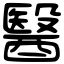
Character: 醫